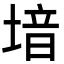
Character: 堷